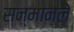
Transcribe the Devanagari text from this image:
सन्मानले